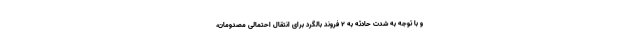
و با توجه به شدت حادثه به ۲ فروند بالگرد برای انتقال احتمالی مصدومان،